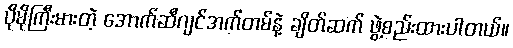
ပိုမိုကြီးမားတဲ့ အောက်ဆီဂျင်အက်တမ်နဲ့ ချိတ်ဆက် ဖွဲ့စည်းထားပါတယ်။